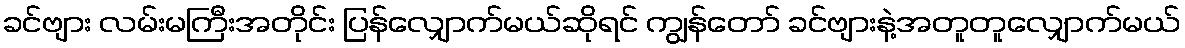
ခင်ဗျား လမ်းမကြီးအတိုင်း ပြန်လျှောက်မယ်ဆိုရင် ကျွန်တော် ခင်ဗျားနဲ့အတူတူလျှောက်မယ်